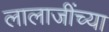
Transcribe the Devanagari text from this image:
लालाजींच्या